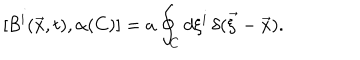
[ { \cal B } ^ { i } ( \vec { x } , t ) , \alpha ( C ) ] = a \oint _ { C } d \xi ^ { i } \, \delta ( \vec { \xi } - \vec { x } ) .